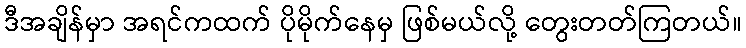
ဒီအချိန်မှာ အရင်ကထက် ပိုမိုက်နေမှ ဖြစ်မယ်လို့ တွေးတတ်ကြတယ်။